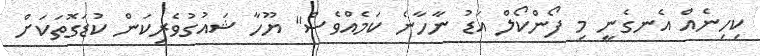
ކިހިނެއް އެނގެނީ މި ފޯންކޯލް އަޑު ނާހާނެ ކަމެއްވެސް" ޔޫހާ ޝައުގުވެރިކަން ކުޑަގޮތަކަށް